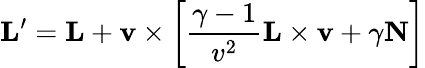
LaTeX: \mathbf{L}^{\prime}=\mathbf{L}+\mathbf{v}\times\left[{\frac{\gamma-1}{v^{2}}}\mathbf{L}\times\mathbf{v}+\gamma\mathbf{N}\right]